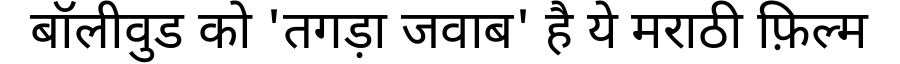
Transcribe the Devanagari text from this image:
बॉलीवुड को 'तगड़ा जवाब' है ये मराठी फ़िल्म